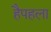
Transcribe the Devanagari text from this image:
हैपहला